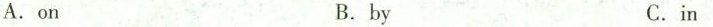
A.on B.by C.in